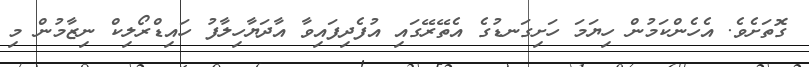
ގޮތަށެވެ. އެހެންކަމުން ހިޔަމަ ހަށިގަނޑުގެ އެތޭރޭގައި އުފެދިފައިވާ އާދަޔާހިލާފު ހައިޑްރޯލިކް ނިޒާމުން މި